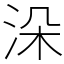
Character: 𣳼